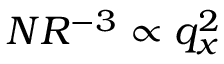
N R ^ { - 3 } \propto q _ { x } ^ { 2 }